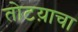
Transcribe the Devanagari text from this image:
तोटय़ाचा